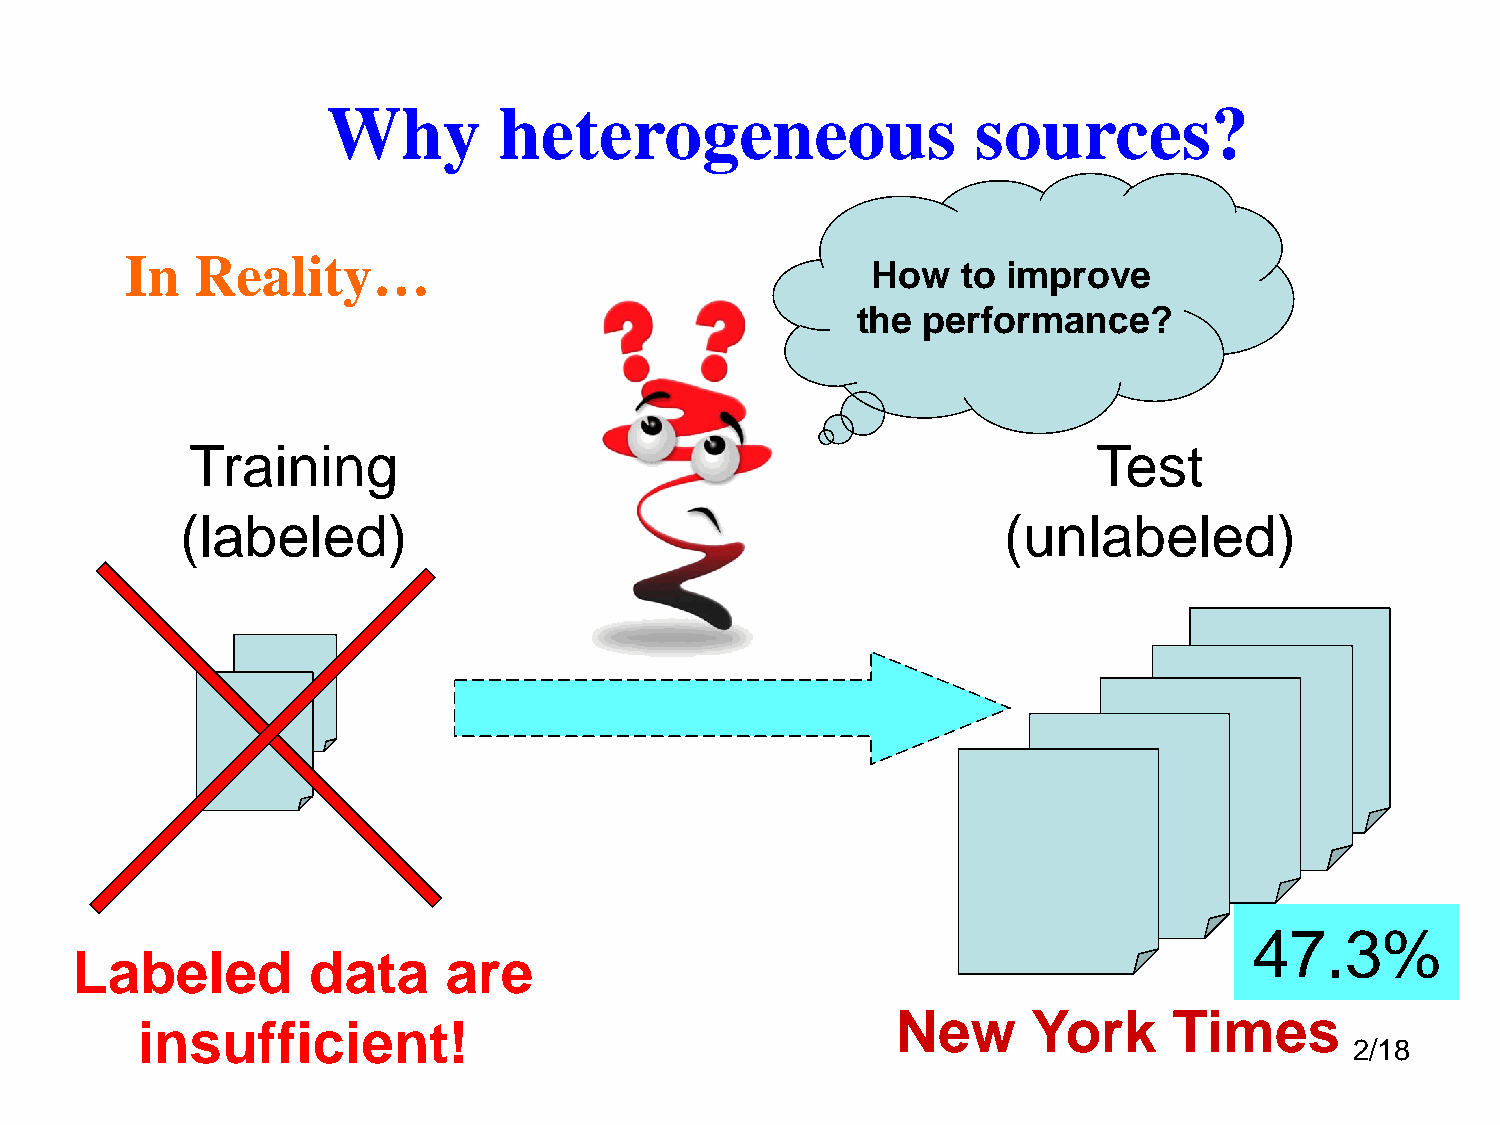
Why        heterogeneous                   sources?
 In   Reality…
 How   to improve
 the performance?
 Training                                                    Test
 (labeled)                                             (unlabeled)
 47.3%
 Labeled        data      are
 New      York      Times
 Neinws   uYfofricki eTnimt! es
 2/18